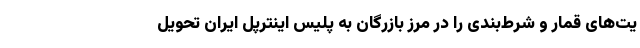
یت‌های قمار و شرط‌بندی را در مرز بازرگان به پلیس اینترپل ایران تحویل